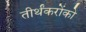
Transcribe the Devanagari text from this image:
तीर्थंकरोंको